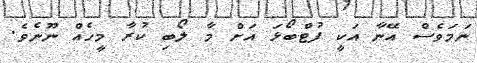
ނަމަވެސް އޭނާ އަކީ ފުޓްބޯޅަ އަށް މާ ލޯބި ކުރާ މީހެއް ނޫނެވެ.